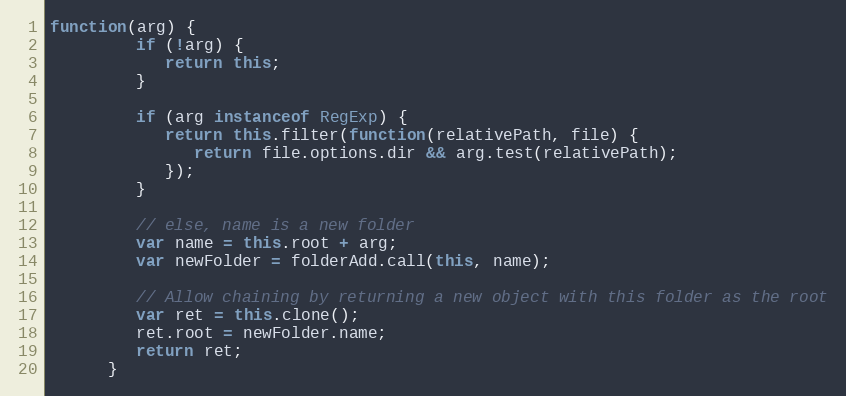
Language: JavaScript
function(arg) {
         if (!arg) {
            return this;
         }

         if (arg instanceof RegExp) {
            return this.filter(function(relativePath, file) {
               return file.options.dir && arg.test(relativePath);
            });
         }

         // else, name is a new folder
         var name = this.root + arg;
         var newFolder = folderAdd.call(this, name);

         // Allow chaining by returning a new object with this folder as the root
         var ret = this.clone();
         ret.root = newFolder.name;
         return ret;
      }